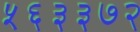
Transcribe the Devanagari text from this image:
५६३३७२